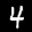
Label: 4